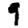
Digit: 9